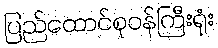
ပြည်ထောင်စုဝန်ကြီးရုံး